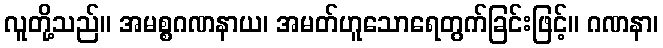
လူတို့သည်။ အမစ္စဂဏနာယ၊ အမတ်ဟူသောရေတွက်ခြင်းဖြင့်။ ဂဏနာ၊